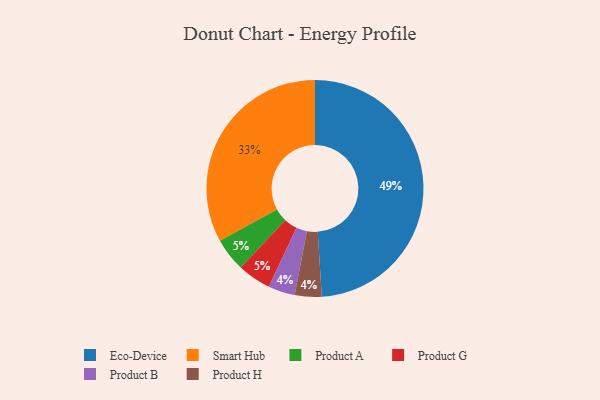
{"axis": {"x": "Category", "y": "Percentage"}, "legend": ["Eco-Device", "Product A", "Product B", "Product G", "Product H", "Smart Hub"], "data": [{"x": "Product A", "y": 5, "type": "Product A"}, {"x": "Smart Hub", "y": 33, "type": "Smart Hub"}, {"x": "Eco-Device", "y": 49, "type": "Eco-Device"}, {"x": "Product B", "y": 4, "type": "Product B"}, {"x": "Product H", "y": 4, "type": "Product H"}, {"x": "Product G", "y": 5, "type": "Product G"}]}